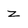
Character: z